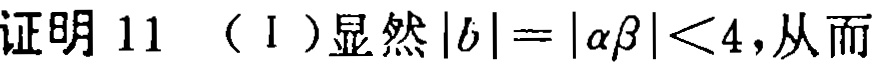
证明 11 （I）显然\(|b| = |\alpha\beta| < 4\)，从而